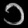
Digit: ၁